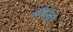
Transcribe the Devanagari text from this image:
आंपक